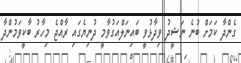
ގެންދާ ކަމަށް ބުނެ ނަޝީދު ވިދާޅުވީ ބައިނަލްއަގުވާމީ ދުނިޔެގައި ރާއްޖެ މިހާރު ބާކީވަމުންދާ